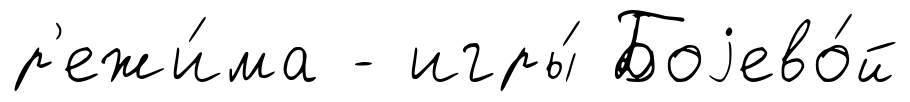
р'ежи́ма - игры́ Боjево́й